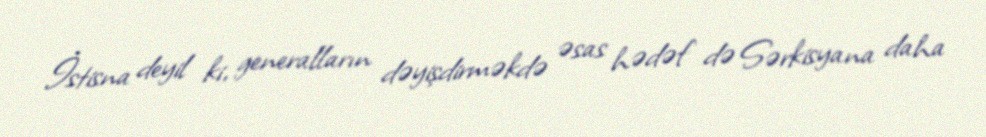
İstisna deyil ki, generalların dəyişdirməkdə əsas hədəf də Sərkisyana daha